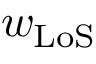
w _ { \mathrm { L o S } }